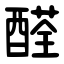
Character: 醛